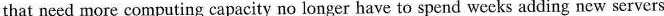
that need more computing capacity no longer have to spend weeks adding new servers